Report of the King Institute of Preventive Medicine, Guindy
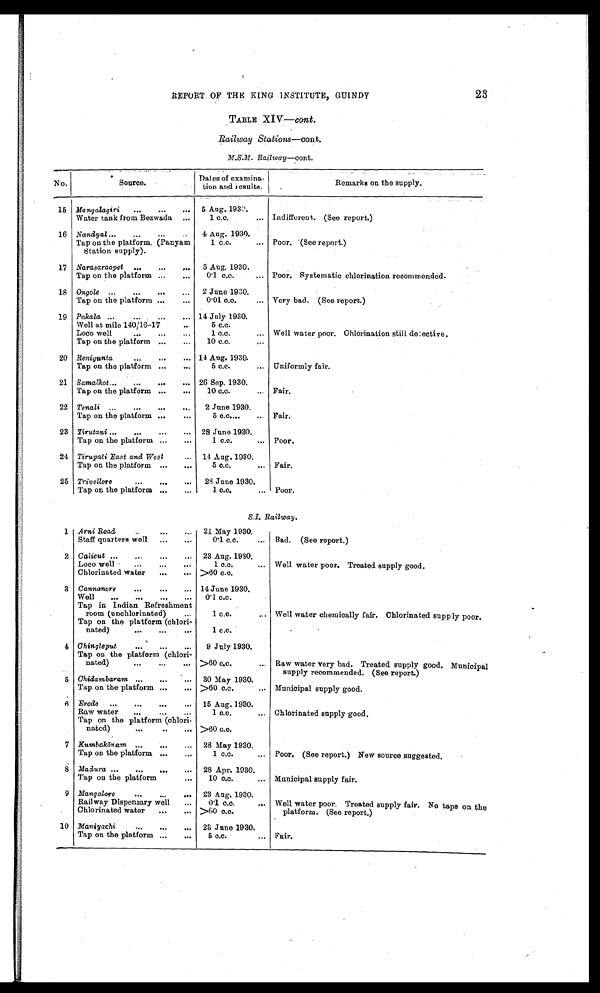
REPORT. OF THE KING INSTITUTE, GUINDY
23
TABLE XIV—cont.
Railway Stations —cont.
M.S.M. Railway—cont.
No.
Source.
Dates of examina
tion and results.
Remarks on the supply.
15 Mangalagiri
5 Aug. 1930.
Water tank from Bezwada
1 c.c.
Indifferent.(See report.)
16 Nandyal
4 Aug. 1930.
Tap on the platform. (Panyam
Station supply).
1 c.c.
Poor.(See report.)
17 Narasaraopet
5 Aug. 1930.
Tap on the platform
0·1 c.c.
Poor Systematic chlorination recommended.
18 Ongole
2 June 1930.
Tap on the platform
0.01 c.c.
Very bad. (See report.)
19 Pakala
14 July 1930.
Well at mile 140/16-17
5 c.c.
Loco well
1 c.c.
Well water poor. Chlorination still
delective
Tap on the platform
10 c.c.
20 Renigunta
14 Aug. 1930.
Tap on the platform
5 c.c.
Uniformly fair
.
21 Samalkot
26 Sep. 1930.
Tap on the platform
10 c.c.
Fair.
22 Tenali
2 June 1930.
Tap on the platform
5 c.c.
Fair.
23 Tirutani
28 June 1930.
Tap on the platform
1 c.c.
Poor.
24 Tirupati East and West
14 Aug. 1930.
Tap on the platform
5 c.c.
Fair.
25 Trivellore
28 June 1930.
Tap on the platform
1 c.c.
Poor.
S.I. Railway.
1 Arni Road
21 May 1930.
Staff quarters well
0·1 c.c.
Bad (See report.)
2 Calicut
23 Aug. 1930.
Loco well
1 c.c.
Well water poor. Treated supply good.
Chlorinated water
>60 c.c.
3 Cannanore
14 June 1930.
Well
0·1 c.c.
Tap in Indian Refreshment
room (unchlorinated)
1 c.c.
Well water chemically fair. Chlorinated supply poor.
Tap on the platform (chlori
nated)
1 c.c.
4 Chingleput
9 July 1930.
Tap on the platform (chlori
nated)
>60 c.c.
Raw water very bad. Treated supply good. Municipal
supply recommended. (See report.)
5 Chidambaram
30 May 1930.
Tap on the platform
>60 c.c.
Municipal supply good.
6 Erode
15 Aug. 1930.
Raw water
1 c.c.
Chlorinated supply good
.
Tap on the platform (chlori
nated.)
>60 c.c.
7 Kumbakönam
28 May 1930.
Tap on the platform
1 c.c.
Poor. (See report.) New source suggested.
8 Madura
28 Apr. 1930.
Tap on the platform
10 c.c.
Municipal supply fair.
9 Mangalore
23 Aug. 1930.
Railway Dispensary well
0·1 c.c.
Well water poor. Treated supply fair. No taps on the
platform. (See report.)
Chlorinated water
>60 c.o.
10 Maniyachi
23 June 1930.
Tap on the platform
5 c.c.
Fair.